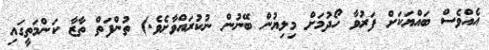
އެއްވެސް ބައްޔަކަށް ފަރުވާ ހޯދުމަށް މިލިޔުން ބޭނުން ނުކުރައްވާށެވެ.) ތުންފަތް ތާޒާ ކަންމަތީގައި